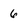
Character: 6